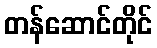
တန်ဆောင်တိုင်